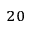
^ { 2 0 }